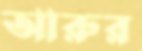
আরুর